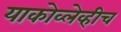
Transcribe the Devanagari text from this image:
याकोव्लेव्हीच